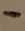
Text: -